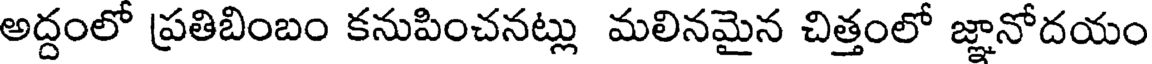
అద్దంలో ప్రతిబింబం కనుపించనట్లు మలినమైన చిత్తంలో జ్ఞానోదయం